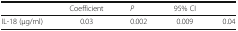
|  | Coefficient | P | 95% CI |  |
 | --- | --- | --- | --- | --- |
 | IL-18 (μg/ml) | 0.03 | 0.002 | 0.009 | 0.04 |